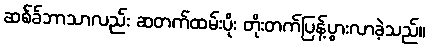
ဆစ်ခ်ဘာသာလည်း ဆတက်ထမ်းပိုး တိုးတက်ပြန့်ပွားလာခဲ့သည်။